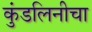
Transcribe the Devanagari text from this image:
कुंडलिनीचा